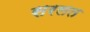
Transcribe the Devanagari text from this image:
सरलत